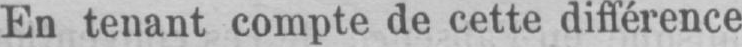
En tenant compte de cette différence